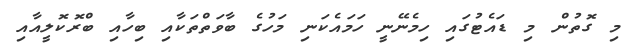
މި ގޮތުން މި ޑައެޓުގައި ހިމެނޭނީ ހަމައެކަނި މަހުގެ ބާވަތްތަކާއި ބިހާއި ބްރޮކޮލީއާއި